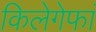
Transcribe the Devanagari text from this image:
किलेगेफां